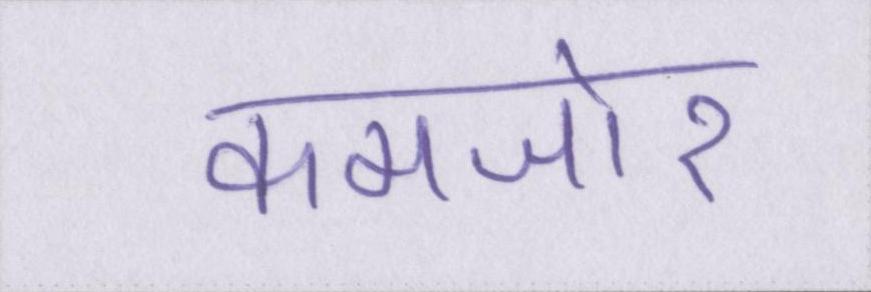
कमजोर